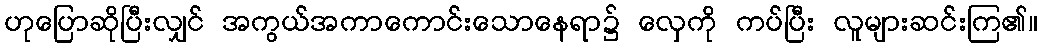
ဟုပြောဆိုပြီးလျှင် အကွယ်အကာကောင်းသောနေရာ၌ လှေကို ကပ်ပြီး လူများဆင်းကြ၏။